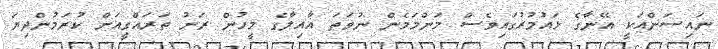
ނައިސަންއަކީ އޭނާގެ ޅައުމުރުގައިވެސް މަންމަމެން ނުވަތަ އާއިލާގެ މީހުން ރަށު ތަރައްގީއަށް ކުރަމުންދިޔަ